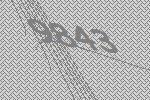
9843